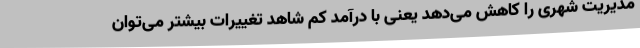
مدیریت شهری را کاهش می‌دهد یعنی با درآمد کم شاهد تغییرات بیشتر می‌توان